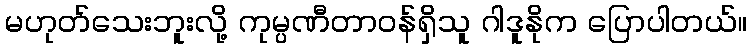
မဟုတ်သေးဘူးလို့ ကုမ္ပဏီတာဝန်ရှိသူ ဂါဒူနိုက ပြောပါတယ်။